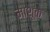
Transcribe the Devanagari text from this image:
माशूक़